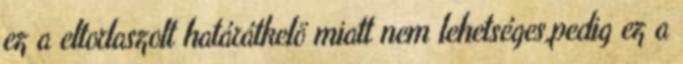
ez a eltorlaszolt határátkelö miatt nem lehetséges,pedig ez a